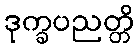
ဒုက္ခပညတ္တိ